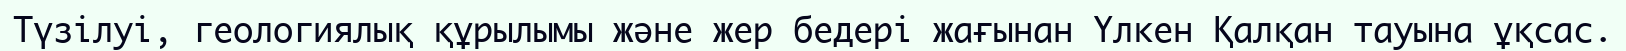
Түзілуі, геологиялық құрылымы және жер бедері жағынан Үлкен Қалқан тауына ұқсас.